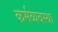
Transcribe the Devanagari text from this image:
कर्मव्यवस्था